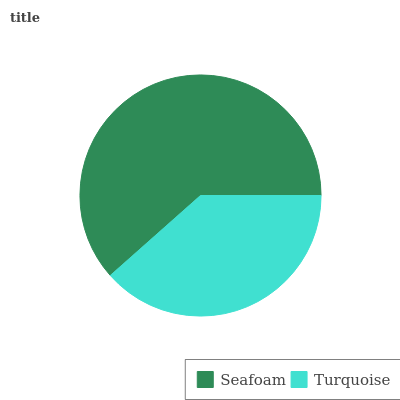
| Seafoam | Turquoise |
 | --- | --- |
 | 61.5% | 38.5% |